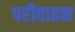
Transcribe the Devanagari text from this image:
परीवाहक